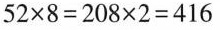
$$5 2 \times 8 = 2 0 8 \times 2 = 4 1 6$$